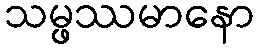
သမ္ဖဿမာနော